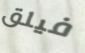
فيلق